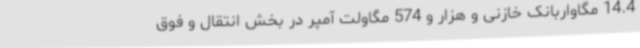
14.4 مگاواربانک خازنی و هزار و 574 مگاولت آمپر در بخش انتقال و فوق